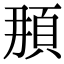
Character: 𩑫